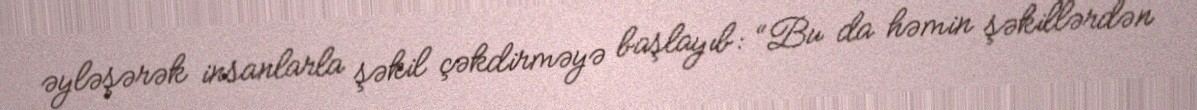
əyləşərək insanlarla şəkil çəkdirməyə başlayıb: “Bu da həmin şəkillərdən